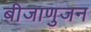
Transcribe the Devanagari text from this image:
बीजाणुजन